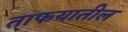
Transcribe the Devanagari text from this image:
ताफयातील